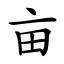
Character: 亩